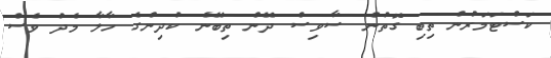
ކަސްޓަމަރުން ތިބި ގޮތުން ސާވިސް ދޭން ތިބޭނެ ކުދިންގެ ހާލާ މެދު ވެސް